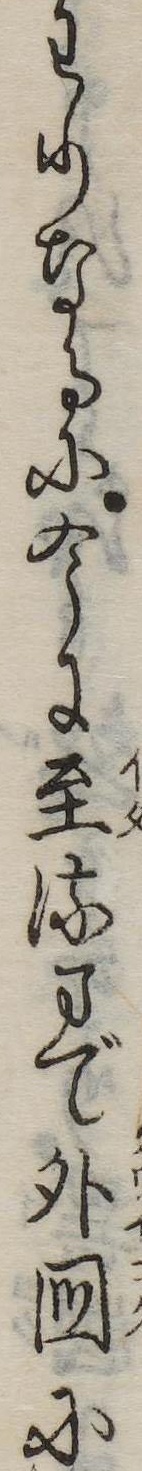
わりなるに今に至るまで外国に